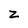
Character: Z